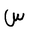
Letter: _sin